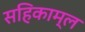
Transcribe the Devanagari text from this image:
सहिकाम्ल